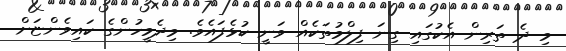
މި ދެ ތަރިން އެކުގައި ގިނަ ފިލްމުތަކެއް ވަނީ ކުޅެފައެވެ. މިދެމީހުންގެ ކައިވެންޏަށް